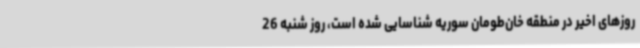
روزهای اخیر در منطقه خان‌طومان سوریه شناسایی شده است، روز شنبه 26